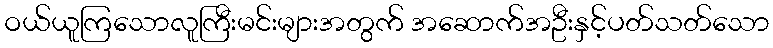
ဝယ်ယူကြသောလူကြီးမင်းများအတွက် အဆောက်အဦးနှင့်ပတ်သတ်သော